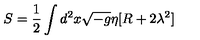
S = \frac 1 2 \int d ^ { 2 } x \sqrt { - g } \eta [ R + 2 \lambda ^ { 2 } ]